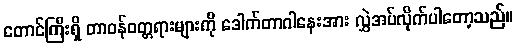
တောင်ကြီးရှိ တာဝန်ဝတ္တရားများကို ဒေါက်တာဂါနေးအား လွှဲအပ်လိုက်ပါတော့သည်။